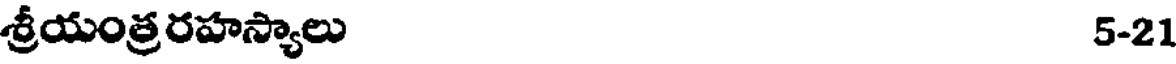
శ్రీయంత్రరహస్యాలు 5-21